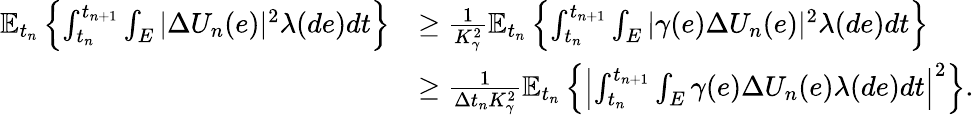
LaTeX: \begin{array}{rl}{\mathbb{E}_{t_{n}}\left\{ \int_{t_{n}}^{t_{n+1}}\int_{E}|\Delta U_{n}(e)|^{2}\lambda(de)dt\right\} }&{\geq\frac{1}{K_{\gamma}^{2}}\mathbb{E}_{t_{n}}\left\{ \int_{t_{n}}^{t_{n+1}}\int_{E}|\gamma(e)\Delta U_{n}(e)|^{2}\lambda(de)dt\right\} }\\ &{\geq\frac{1}{\Delta t_{n}K_{\gamma}^{2}}\mathbb{E}_{t_{n}}\left\{ \left|\int_{t_{n}}^{t_{n+1}}\int_{E}\gamma(e)\Delta U_{n}(e)\lambda(de)dt\right|^{2}\right\} .}\end{array}